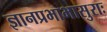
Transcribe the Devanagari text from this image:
ज्ञानप्रभाभासुराः